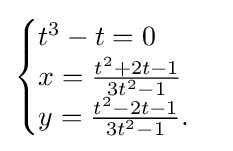
{\begin{cases}t^{3}-t=0\\x={\frac {t^{2}+2t-1}{3t^{2}-1}}\\y={\frac {t^{2}-2t-1}{3t^{2}-1}}.\\\end{cases}}